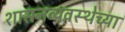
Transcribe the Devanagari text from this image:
शासनव्यवस्थेच्या